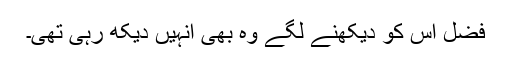
فضل اس کو دیکھنے لگے وہ بھی انہیں دیکھ رہی تھی۔